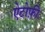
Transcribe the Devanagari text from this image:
ऐटोफ़ी